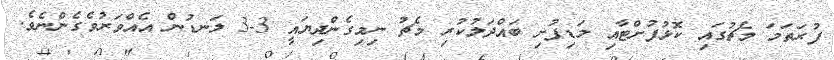
ފުރަތަމަ މެޗުގައި ކޮޅުފުށްޓާއި މަޑިފުށި ބައްދަލުކުރި މެޗު ނިމިގެންދިޔައީ 3-3 ލަނޑުން އެއްވަރުވެގެންނެވެ.